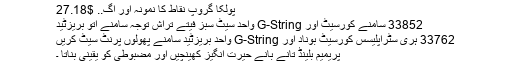
پولکا گروپ نقاط کا نمونہ اور اگ.. $27.18
33852 سامنے کورسیٹ اور G-String واحد سیٹ سبز فیتے تراش توجہ سامنے اتو بریزٹید
33762 ہری سٹراپلیسس کورسیٹ بوناد اور G-String واحد بریزٹید سامنے پھولوں پرنٹ سیٹ کریں
پریمیم بلینڈ تانے بانے حیرت انگیز کھینچیں اور مضبوطی کو یقینی بناتا ۔